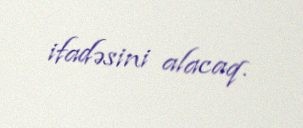
ifadəsini alacaq.